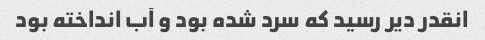
انقدر دیر رسید که سرد شده بود و آب انداخته بود